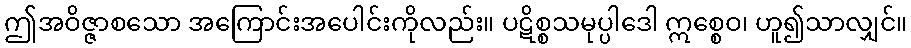
ဤအဝိဇ္ဇာစသော အကြောင်းအပေါင်းကိုလည်း။ ပဋိစ္စသမုပ္ပါဒေါ ဣစ္စေဝ၊ ဟူ၍သာလျှင်။